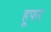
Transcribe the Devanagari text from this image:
हूफर